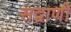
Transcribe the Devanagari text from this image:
सद्वाणी